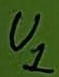
Text: U1